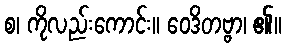
စ၊ ကိုလည်းကောင်း။ ဝေဒိတဗ္ဗာ၊ ၏။